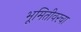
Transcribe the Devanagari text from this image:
भूमितीवरचा